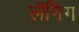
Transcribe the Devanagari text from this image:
लॅनिग